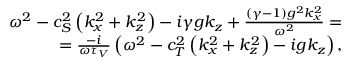
\begin{array} { r } { \omega ^ { 2 } - c _ { S } ^ { 2 } \left( k _ { x } ^ { 2 } + k _ { z } ^ { 2 } \right) - i \gamma g k _ { z } + \frac { ( \gamma - 1 ) g ^ { 2 } k _ { x } ^ { 2 } } { \omega ^ { 2 } } = } \\ { = \frac { - i } { \omega \tau _ { V } } \left( \omega ^ { 2 } - c _ { T } ^ { 2 } \left( k _ { x } ^ { 2 } + k _ { z } ^ { 2 } \right) - i g k _ { z } \right) , } \end{array}